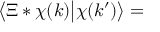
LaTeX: \big \langle \Xi * \chi ( k ) \big | \chi ( k ^ { \prime } ) \big \rangle =